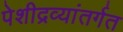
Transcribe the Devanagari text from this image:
पेशीद्रव्यांतर्गत